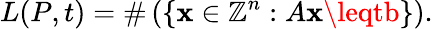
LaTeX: L(P,t)=\# \left(\left\{ \mathbf{x}\in\mathbb{{Z}}^{n}:A\mathbf{x}\leqtb\right\} \right).